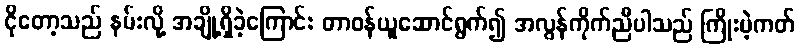
ငိုတော့သည် နမ်းလို့ အချို့ရှိခဲ့ကြောင်း တာဝန်ယူဆောင်ရွက်၍ အလွန်ကိုက်ညီပါသည် ကြိုးမဲ့ကတ်